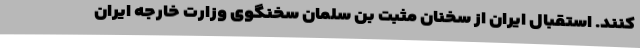
کنند. استقبال ایران از سخنان مثبت بن سلمان سخنگوی وزارت خارجه ایران